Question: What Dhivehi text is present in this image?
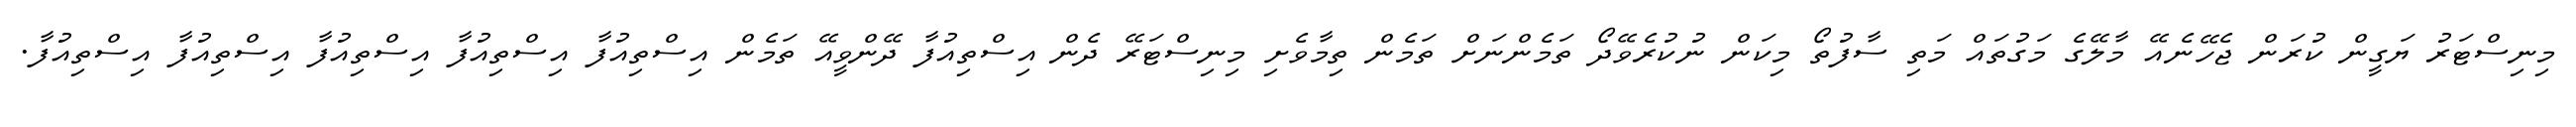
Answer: މިނިސްޓަރު ޔަގީން ކުރަން ޖެހޭނެއޭ މާލޭގެ މަގުތައް މަތި ސާފުތޯ މިކަން ނުކުރެވޭދޯ ތަމެންނަށް ތަމެން ތިމާވެށި މިނިސްޓަރޭ ދެން އިސްތިއުފާ ދޭންވީއޭ ތަމެން އިސްތިއުފާ އިސްތިއުފާ އިސްތިއުފާ އިސްތިއުފާ އިސްތިއުފާ.